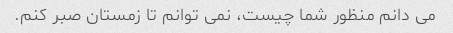
می دانم منظور شما چیست، نمی توانم تا زمستان صبر کنم.